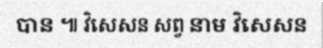
បាន ៕ វិសេសន សព្វ នាម វិសេសន